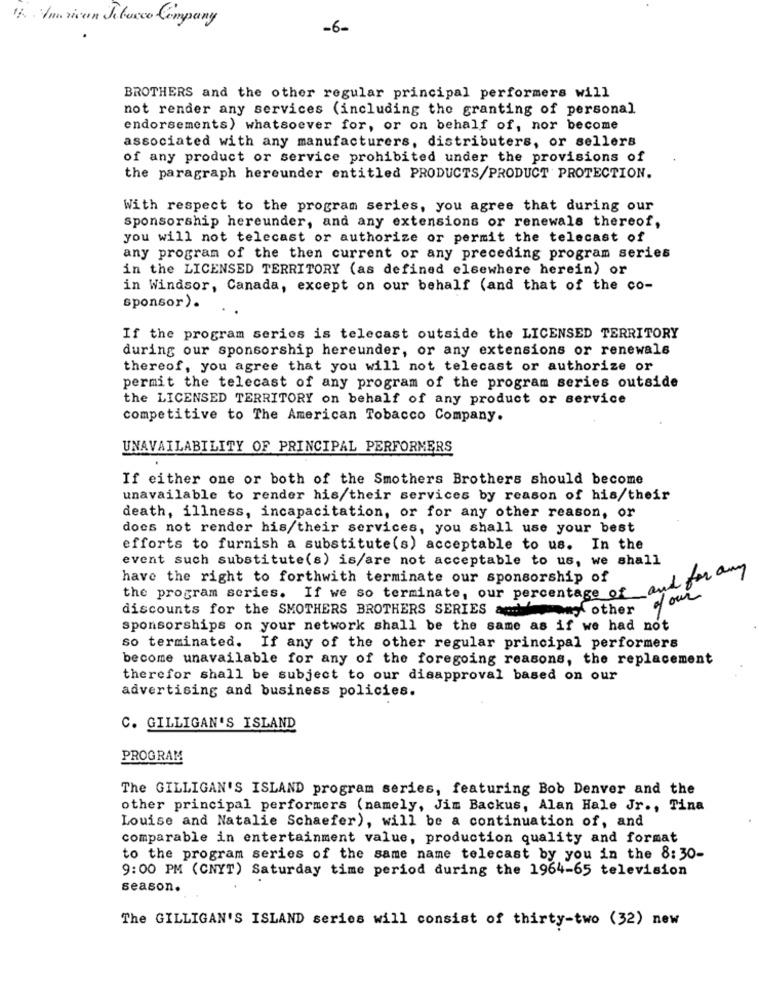
5. American Jetocco Company
-6-
BROTHERS and the other regular principal performers will
not render any services (including the granting of personal
endorsements) whatsoever for, or on behalf of, nor become
associated with any manufacturers, distributers, or sellers
of any product or service prohibited under the provisions of
the paragraph hereunder entitled PRODUCTS/PRODUCT PROTECTION.
With respect to the program series, you agree that during our
sponsorship hereunder, and any extensions or renewals thereof,
you will not telecast or authorize or permit the telecast of
any program of the then current or any preceding program series
in the LICENSED TERRITORY (as defined elsewhere herein) or
in Windsor, Canada, except on our behalf (and that of the co-
sponsor).
If the program series is telecast outside the LICENSED TERRITORY
during our sponsorship hereunder, or any extensions or renewals
thereof, you agree that you will not telecast or authorize or
permit the telecast of any program of the program series outside
the LICENSED TERRITORY on behalf of any product or service
competitive to The American Tobacco Company.
UNAVAILABILITY OF PRINCIPAL PERFORMERS
If either one or both of the Smothers Brothers should become
unavailable to render his/their services by reason of his/their
death, illness, incapacitation, or for any other reason, or
does not render his/their services, you shall use your best
efforts to furnish a substitute(s) acceptable to us. In the
event such substitute(s) is/are not acceptable to us, we shall
and for any
have the right to forthwith terminate our sponsorship of
the program series. If we so terminate, our percentage of
four
discounts for the SMOTHERS BROTHERS SERIES any other
sponsorships on your network shall be the same as if we had not
so terminated. If any of the other regular principal performers
become unavailable for any of the foregoing reasons, the replacement
therefor shall be subject to our disapproval based on our
advertising and business policies.
C. GILLIGAN'S ISLAND
PROGRAM
The GILLIGAN'S ISLAND program series, featuring Bob Denver and the
other principal performers (namely, Jim Backus, Alan Hale Jr ., Tina
Louise and Natalie Schaefer), will be a continuation of, and
comparable in entertainment value, production quality and format
to the program series of the same name telecast by you in the 8:30-
9:00 PM (CNYT) Saturday time period during the 1964-65 television
season.
The GILLIGAN'S ISLAND series will consist of thirty-two (32) new